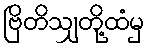
ဗြိတိသျှတို့ထံမှ